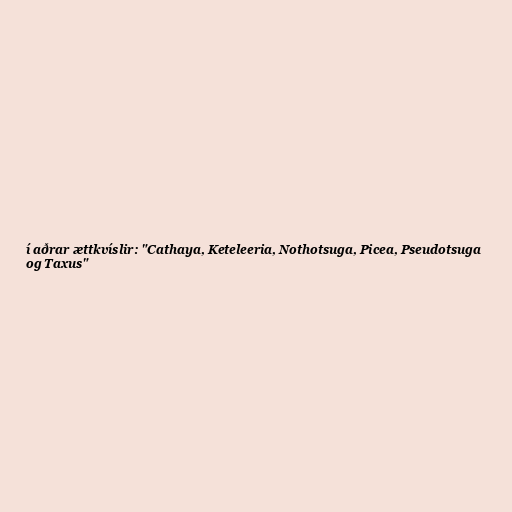
í aðrar ættkvíslir: "Cathaya, Keteleeria, Nothotsuga, Picea, Pseudotsuga
og Taxus"